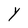
Character: Y